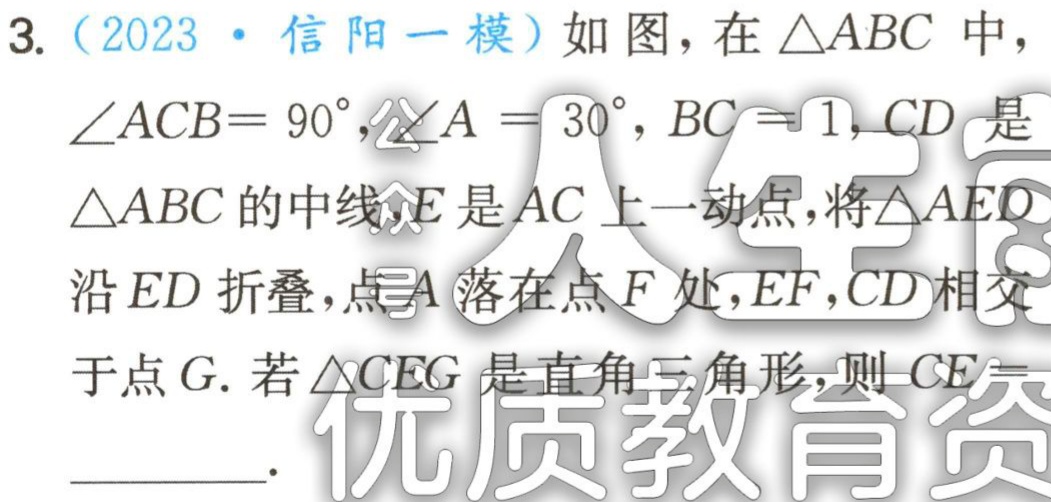
3.（2023·信阳一模）如图，在\(\triangle ABC\)中，\(\angle ACB = 90^{\circ}\)，\(\angle A = 30^{\circ}\)，\(BC = 1\)，\(CD\)是\(\triangle ABC\)的中线，\(E\)是\(AC\)上一动点，将\(\triangle AED\)沿\(ED\)折叠，点\(A\)落在点\(F\)处，\(EF\)，\(CD\)相交于点\(G\). 若\(\triangle CEG\)是直角三角形，则\(CE =\)____.